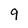
Character: 9